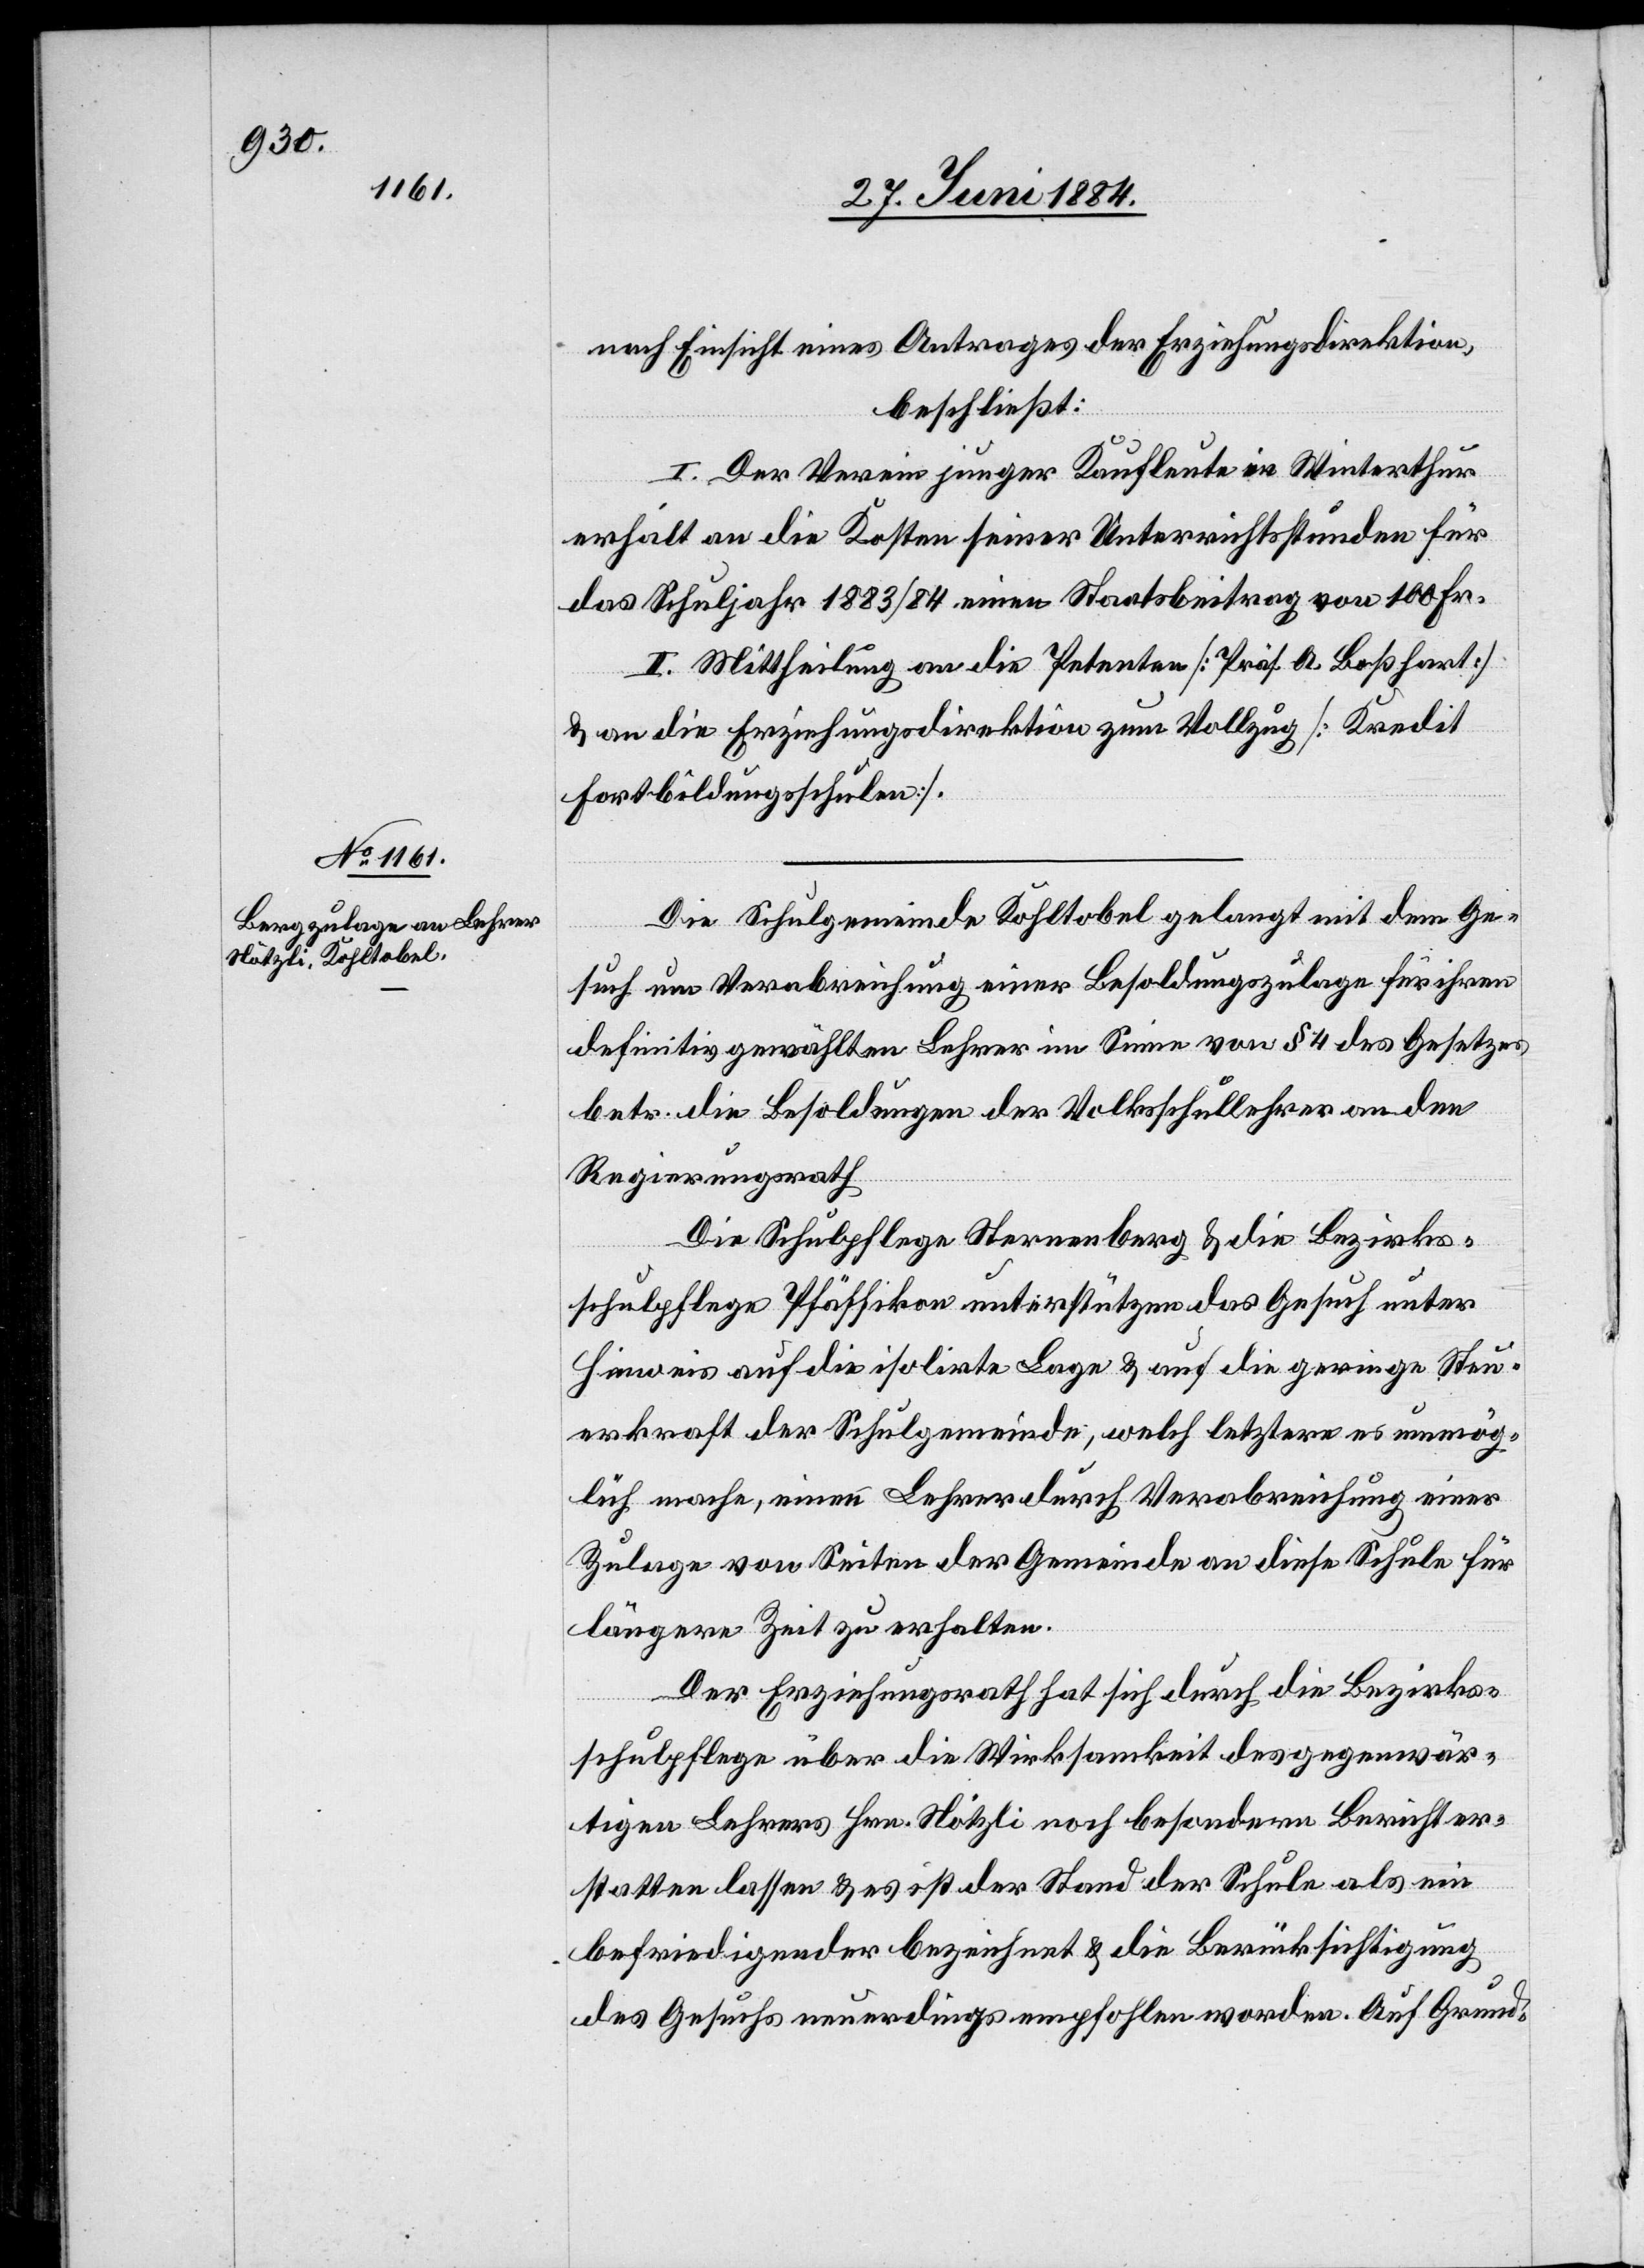
nach Einsicht eines Antrages der Erziehungsdirektion,
beschließt:
I. Der Verein junger Kaufleute in Winterthur
erhält an die Kosten seiner Unterrichtsstunden für
das Schuljahr 1883/84 einen Staatsbeitrag von 100 Fr.
II. Mittheilung an die Petenten [Präs. A. Boßhart]
& an die Erziehungsdirektion zum Vollzug [Kredit
Fortbildungsschulen].
Die Schulgemeinde Kohltobel gelangt mit dem Ge¬
such um Verabreichung einer Besoldungszulage für ihren
definitiv gewählten Lehrer im Sinne von § 4 des Gesetzes
betr. die Besoldungen der Volksschullehrer an den
Regierungsrath.
Die Schulpflege Sternenberg & die Bezirks¬
schulpflege Pfäffikon unterstützen das Gesuch unter
Hinweis auf die isolirte Lage & auf die geringe Steu¬
erkraft der Schulgemeinde, welch letztere es unmög¬
lich mache, einen Lehrer durch Verabreichung einer
Zulage von Seiten der Gemeinde an diese Schule für
längere Zeit zu erhalten.
Der Erziehungsrath hat sich durch die Bezirks¬
schulpflege über die Wirksamkeit des gegenwär¬
tigen Lehrers Hrn. Nötzli noch besondern Bericht er¬
statten lassen & es ist der Stand der Schule als ein
befriedigender bezeichnet & die Berücksichtigung
des Gesuches neuerdings empfohlen worden. Auf Grund-